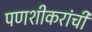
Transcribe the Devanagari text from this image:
पणशीकरांची